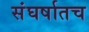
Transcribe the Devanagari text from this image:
संघर्षातच